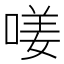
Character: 𠷩